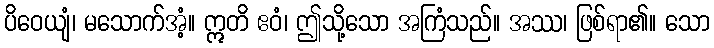
ပိဝေယျံ၊ မသောက်အံ့။ ဣတိ ဧဝံ၊ ဤသို့သော အကြံသည်။ အဿ၊ ဖြစ်ရာ၏။ သော